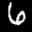
Label: 6